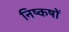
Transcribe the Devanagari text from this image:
निष्कषों